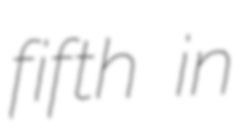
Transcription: fifth in